Indian journal of veterinary science and animal husbandry - Volume 7,
Year: 1937
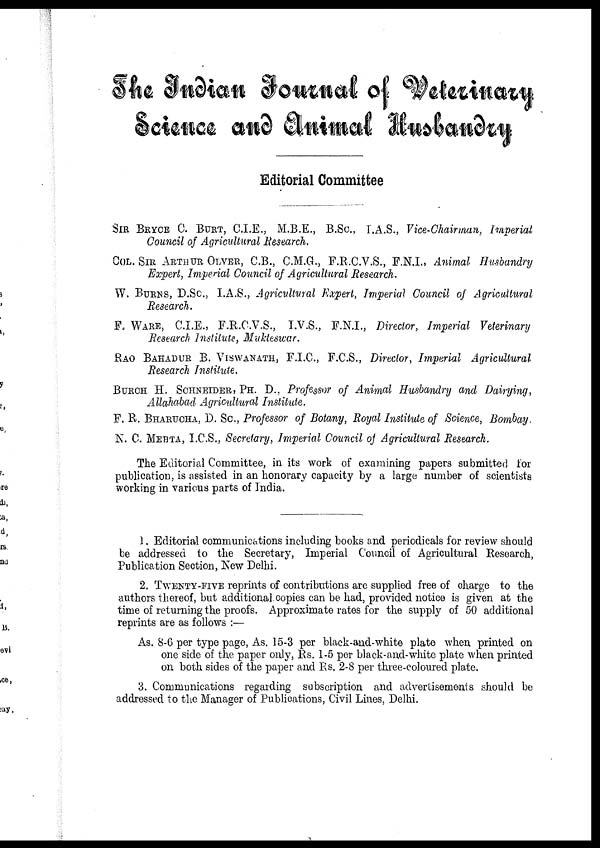
The Indian Journal of Veterinary
Science and Animal Husbandry
Editorial Committee
SIR BRYCE C. BURT, C.I.E., M.B.E., B.SC., I.A.S., Vice-Chairman, Imperial
Council of Agricultural Research.
COL. SIR ARTHUR OLVER, C.B., C.M.G., F.R.C.V.S., F.N.I., Animal Husbandry
Expert, Imperial Council of Agricultural Research.
W. BURNS, D.Sc., I.A.S., Agricultural Expert, Imperial Council of Agricultural
Research.
F. WARE, C.I.E., F.R.C.V.S., I.V.S., F.N.I., Director, Imperial Veterinary
Research Institute, Mukteswar.
RAO BAHADUR B. VISWANATH, F.I.C., F.C.S., Director, Imperial Agricultural
Research Institute.
BURCH H. SCHNEIDER, PH. D., Professor of Animal Husbandry and Dairying,
Allahabad Agricultural Institute.
F. R. BHARUCHA, D. SC., Professor of Botany, Royal Institute of Science, Bombay
N. C. MEHTA, I.C.S., Secretary, Imperial Council of Agricultural Research.
The Editorial Committee, in its work of examining papers submitted for
publication, is assisted in an honorary capacity by a large number of scientists
working in various parts of India.
1. Editorial communications including books and periodicals for review should
be addressed to the Secretary, Imperial Council of Agricultural Research,
Publication Section, New Delhi.
2. TWENTY-FIVE reprints of contributions are supplied free of charge to the
authors thereof, but additional copies can be had, provided notice is given at the
time of returning the proofs. Approximate rates for the supply of 50 additional
reprints are as follows :—
As. 8-6 per type page, As. 15-3 per black-and-white plate when printed on
one side of the paper only, Rs. 1-5 per black-and-white plate when printed
on both sides of the paper and Rs. 2-8 per three-coloured plate.
3. Communications regarding subscription and advertisements should be
addressed to the Manager of Publications, Civil Lines, Delhi.